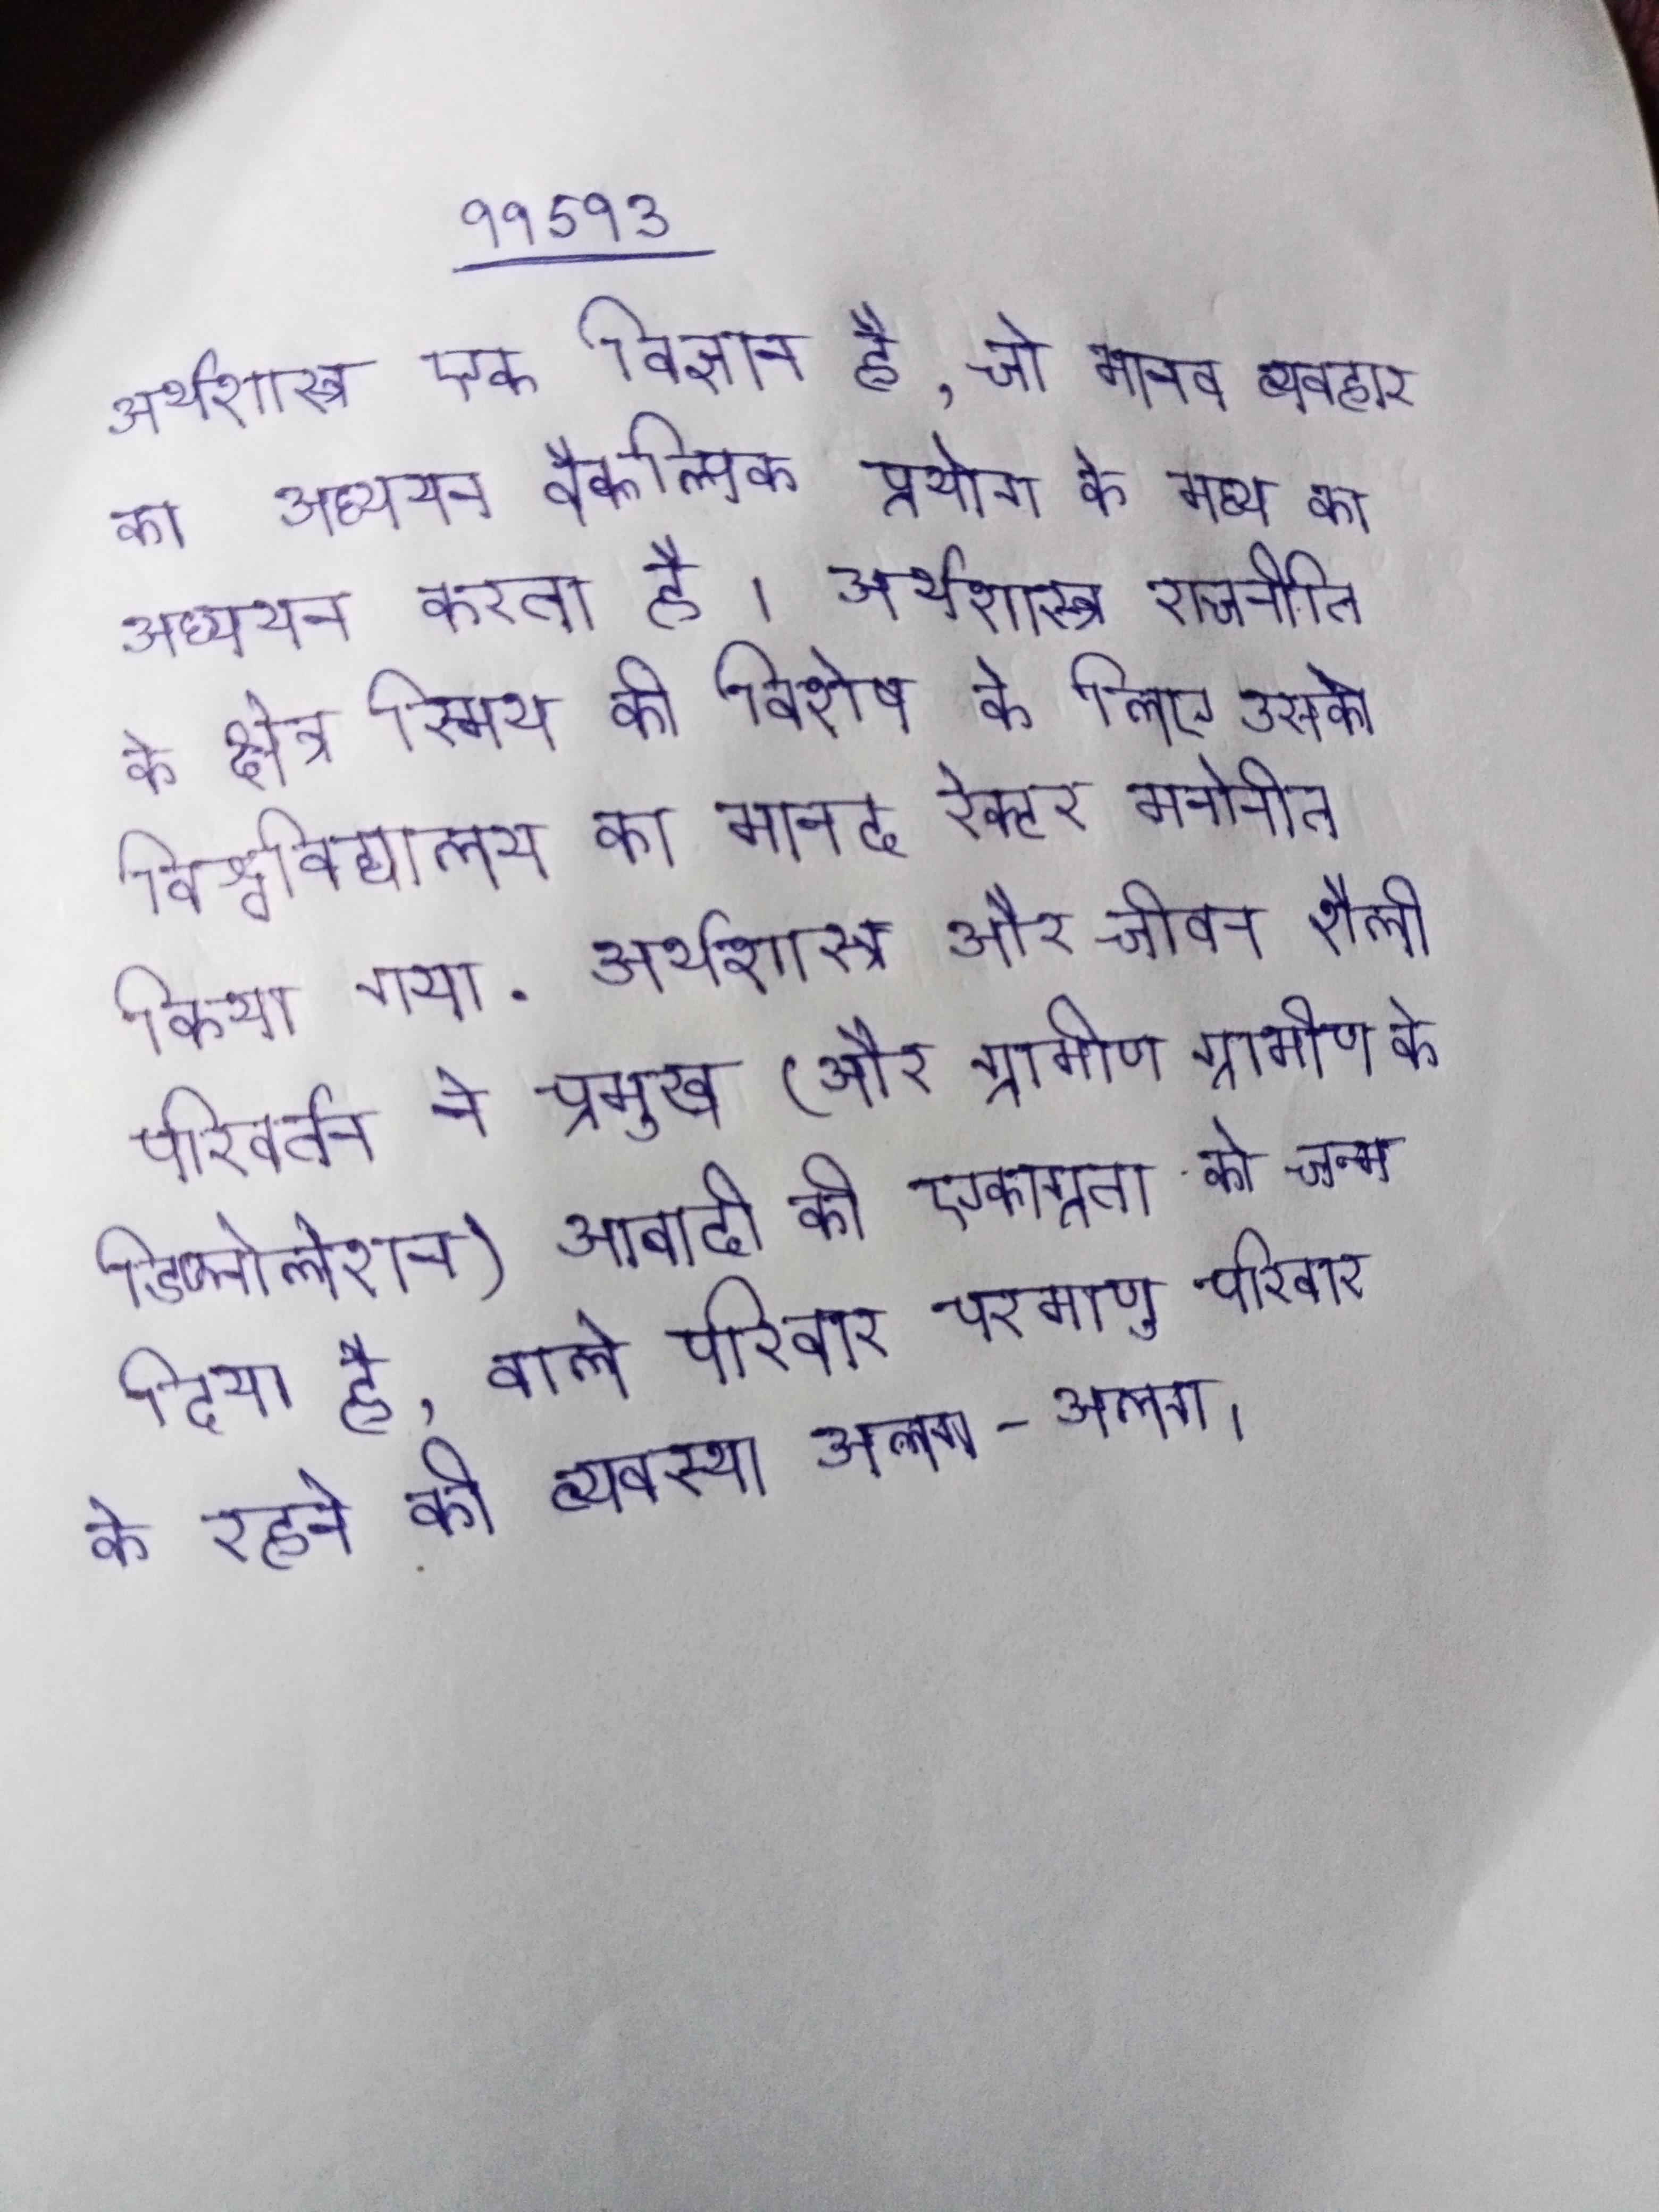
अर्थशास्त्र एक विज्ञान है, जो मानव व्यवहार का अध्ययन उसकी उपलब्ध के वैकल्पिक प्रयोग के मध्य का अध्ययन करता है । अर्थशास्त्र राजनीति के क्षेत्र स्मिथ की विशेष के लिए उसको विश्वविद्यालय का मानद रेक्टर मनोनीत किया गया . अर्थशास्त्र और जीवन शैली परिवर्तन ने प्रमुख (और ग्रामीण ग्रामीण के डिप्लोलेशन) आबादी की एकाग्रता को जन्म दिया है, वाले परिवार परमाणु परिवार के रहने की व्यवस्था अलग-अलग ।